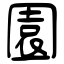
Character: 園